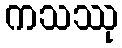
ကသဿု